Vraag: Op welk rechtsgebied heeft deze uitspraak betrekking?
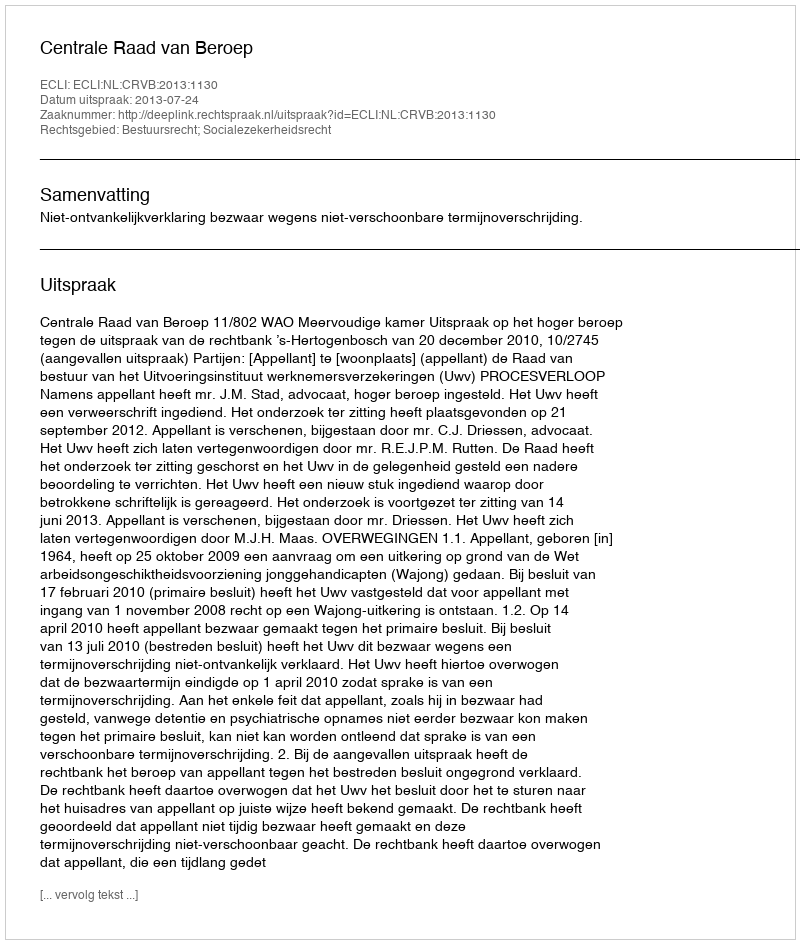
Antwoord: Bestuursrecht; Socialezekerheidsrecht